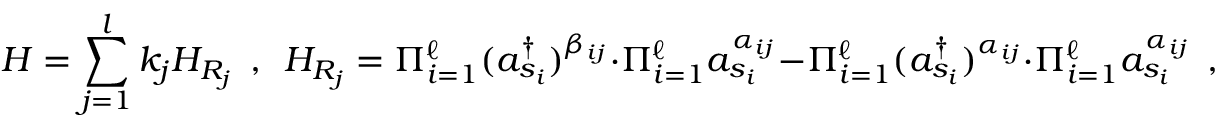
H = \sum _ { j = 1 } ^ { l } k _ { j } H _ { R _ { j } } ~ ~ , ~ ~ H _ { R _ { j } } = \Pi _ { i = 1 } ^ { \ell } ( a _ { s _ { i } } ^ { \dagger } ) ^ { \beta _ { i j } } \cdot \Pi _ { i = 1 } ^ { \ell } a _ { s _ { i } } ^ { \alpha _ { i j } } - \Pi _ { i = 1 } ^ { \ell } ( a _ { s _ { i } } ^ { \dagger } ) ^ { \alpha _ { i j } } \cdot \Pi _ { i = 1 } ^ { \ell } a _ { s _ { i } } ^ { \alpha _ { i j } } ~ ~ ,